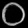
Digit: ၀